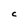
Character: C